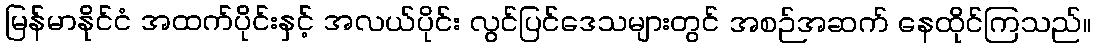
မြန်မာနိုင်ငံ အထက်ပိုင်းနှင့် အလယ်ပိုင်း လွင်ပြင်ဒေသများတွင် အစဉ်အဆက် နေထိုင်ကြသည်။